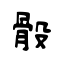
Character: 骰